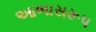
આભાસરૂપ